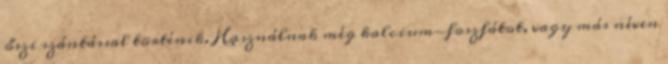
őszi szántással történik. Használnak még kalcium-foszfátot, vagy más néven